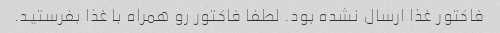
فاکتور غذا ارسال نشده بود. لطفا فاکتور رو همراه با غذا بفرستید.